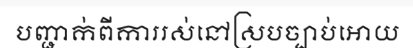
បញ្ជាក់ពីការរស់នៅស្របច្បាប់អោយ